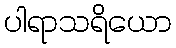
ပါရာသရိယော